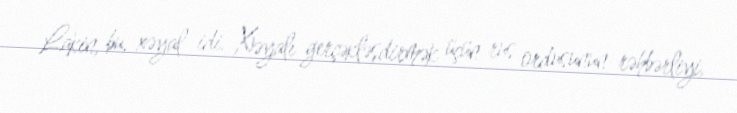
Lakin, bu, xəyal idi. Xəyalı gerçəkləşdirmək üçün rus ordusunun rəhbərliyi,